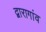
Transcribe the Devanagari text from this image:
द्वारागांव